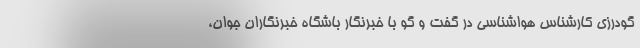
گودرزی کارشناس هواشناسی در گفت و گو با خبرنگار باشگاه خبرنگاران جوان،